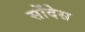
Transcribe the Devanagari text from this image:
सोंदेस